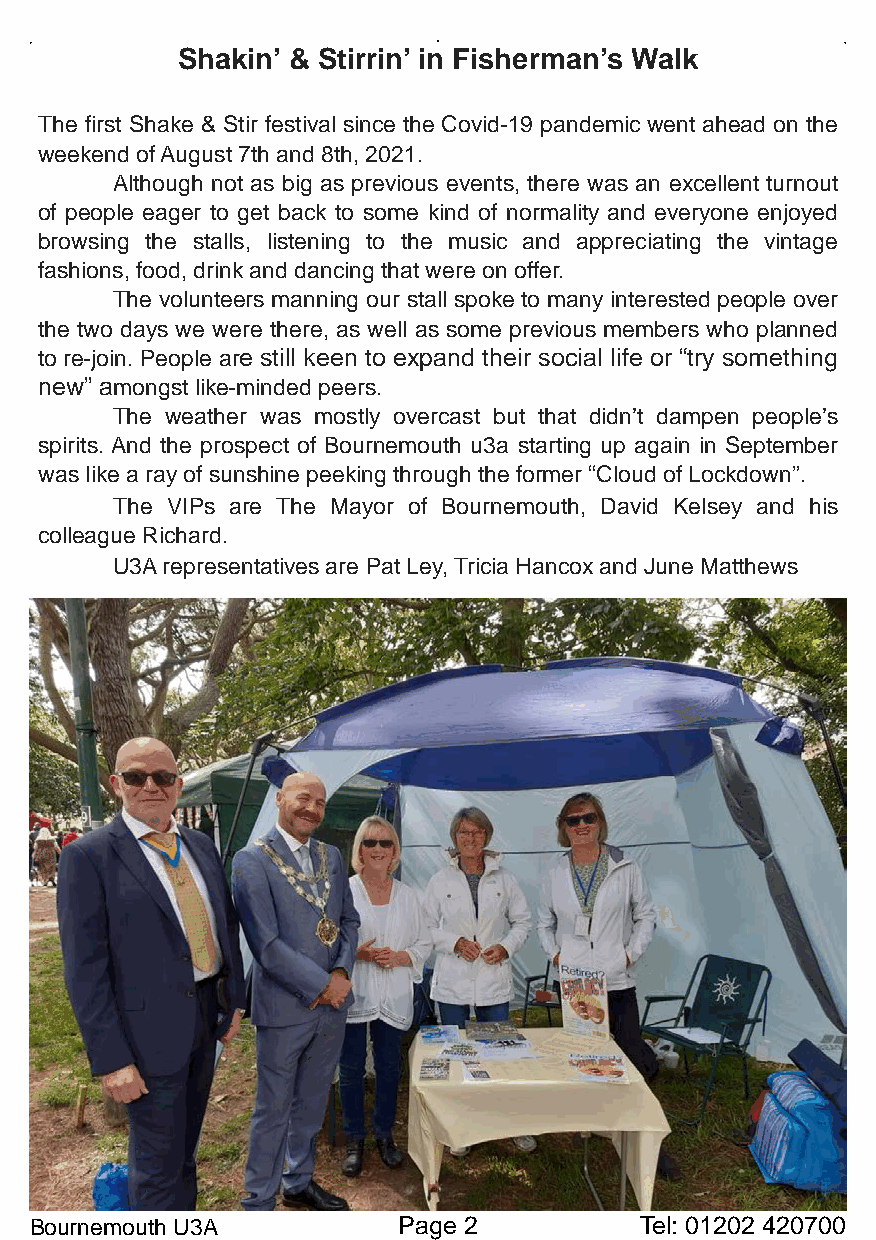
Shakin’ & Stirrin’ in Fisherman’s Walk
 The first Shake & Stir festival since the Covid-19 pandemic went ahead on the
 weekend of August 7th and 8th, 2021.
 Although not as big as previous events, there was an excellent turnout
 of people eager to get back to some kind of normality and everyone enjoyed
 browsing the stalls, listening to the music and appreciating the vintage
 fashions, food, drink and dancing that were on offer.
 The volunteers manning our stall spoke to many interested people over
 the two days we were there, as well as some previous members who planned
 to re-join. People are still keen to expand their social life or “try something
 new” amongst like-minded peers.
 The weather was mostly overcast but that didn’t dampen people’s
 spirits. And the prospect of Bournemouth u3a starting up again in September
 was like a ray of sunshine peeking through the former “Cloud of Lockdown”.
 The VIPs are The Mayor of Bournemouth, David Kelsey and his
 colleague Richard.
 U3A representatives are Pat Ley, Tricia Hancox and June Matthews
 Bournemouth U3A         Page 2          Tel: 01202 420700